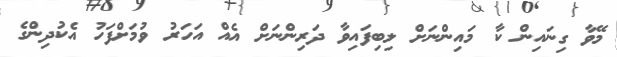
މޭވާ ގިނައިން ކާ މައިންނަށް ލިބިފައިވާ ދަރިންނަށް އެއް އަހަރު ވުމަށްފަހު އެކުދިންގެ